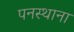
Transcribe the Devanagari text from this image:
पनस्थाना